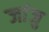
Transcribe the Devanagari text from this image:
जांजु